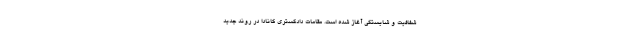
شفافیت و شایستگی آغاز شده است. مقامات دادگستری کانادا در روند جدید